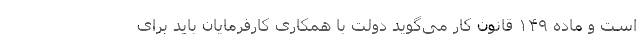
است و ماده ۱۴۹ قانون کار می‌گوید دولت با همکاری کارفرمایان باید برای